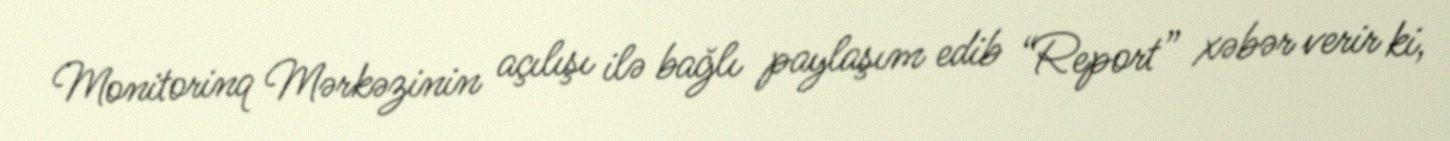
Monitorinq Mərkəzinin açılışı ilə bağlı paylaşım edib “Report” xəbər verir ki,